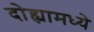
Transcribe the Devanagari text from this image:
दोह्यामध्ये